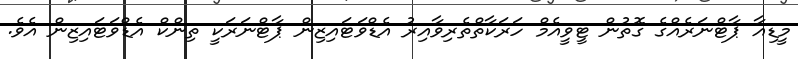
މީޑިއާ ޕާޓްނަރެއްގެ ގޮތުން ޓީވީއެމް ހަރަކާތްތެރިވާއިރު އެޑްވަޓައިޒިން ޕާޓްނަރަކީ ތިންކް އެޑްވަޓައިޒިން އެވެ.